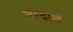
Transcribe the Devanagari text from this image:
नादानं